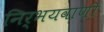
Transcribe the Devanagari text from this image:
निर्भयवाणी